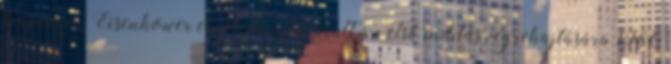
májusára. Eisenhower elnök hozzájárult az első indítás végrehajtására 1960